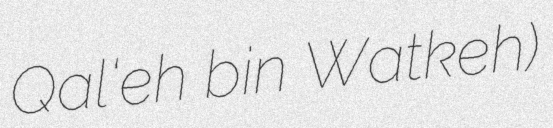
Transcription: Qal‘eh bin Watkeh)